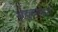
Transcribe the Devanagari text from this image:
माहूताने